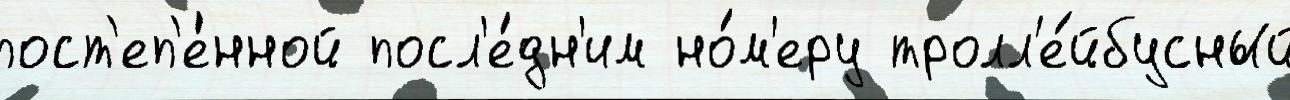
пост'еп'е́нной посл'е́дн'им но́м'еру тролл'е́йбусный